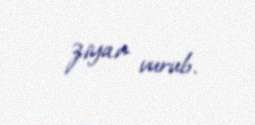
ziyan vurub.